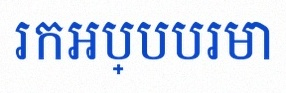
រកអប្បបរមា